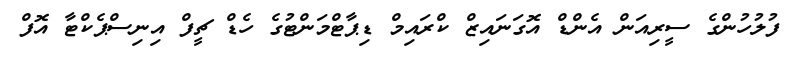
ފުލުހުންގެ ސީރިއަން އެންޑް އޮގަނައިޒް ކްރައިމް ޑިޕާޓްމަންޓުގެ ހެޑް ޗީފް އިނިސްޕެކްޓާ އޮފް